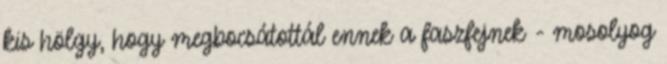
kis hölgy, hogy megbocsátottál ennek a faszfejnek - mosolyog